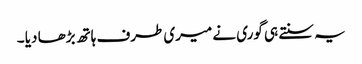
یہ سنتے ہی گوری نے میری طرف ہاتھ بڑھا دیا ۔